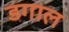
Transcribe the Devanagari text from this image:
डगाल